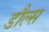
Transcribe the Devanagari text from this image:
डौल्स